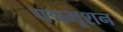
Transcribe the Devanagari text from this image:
पद्मभूशन